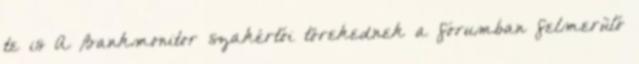
te is A Bankmonitor szakértői törekednek a fórumban felmerülő